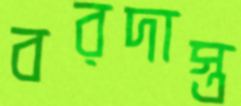
বরদাস্ত